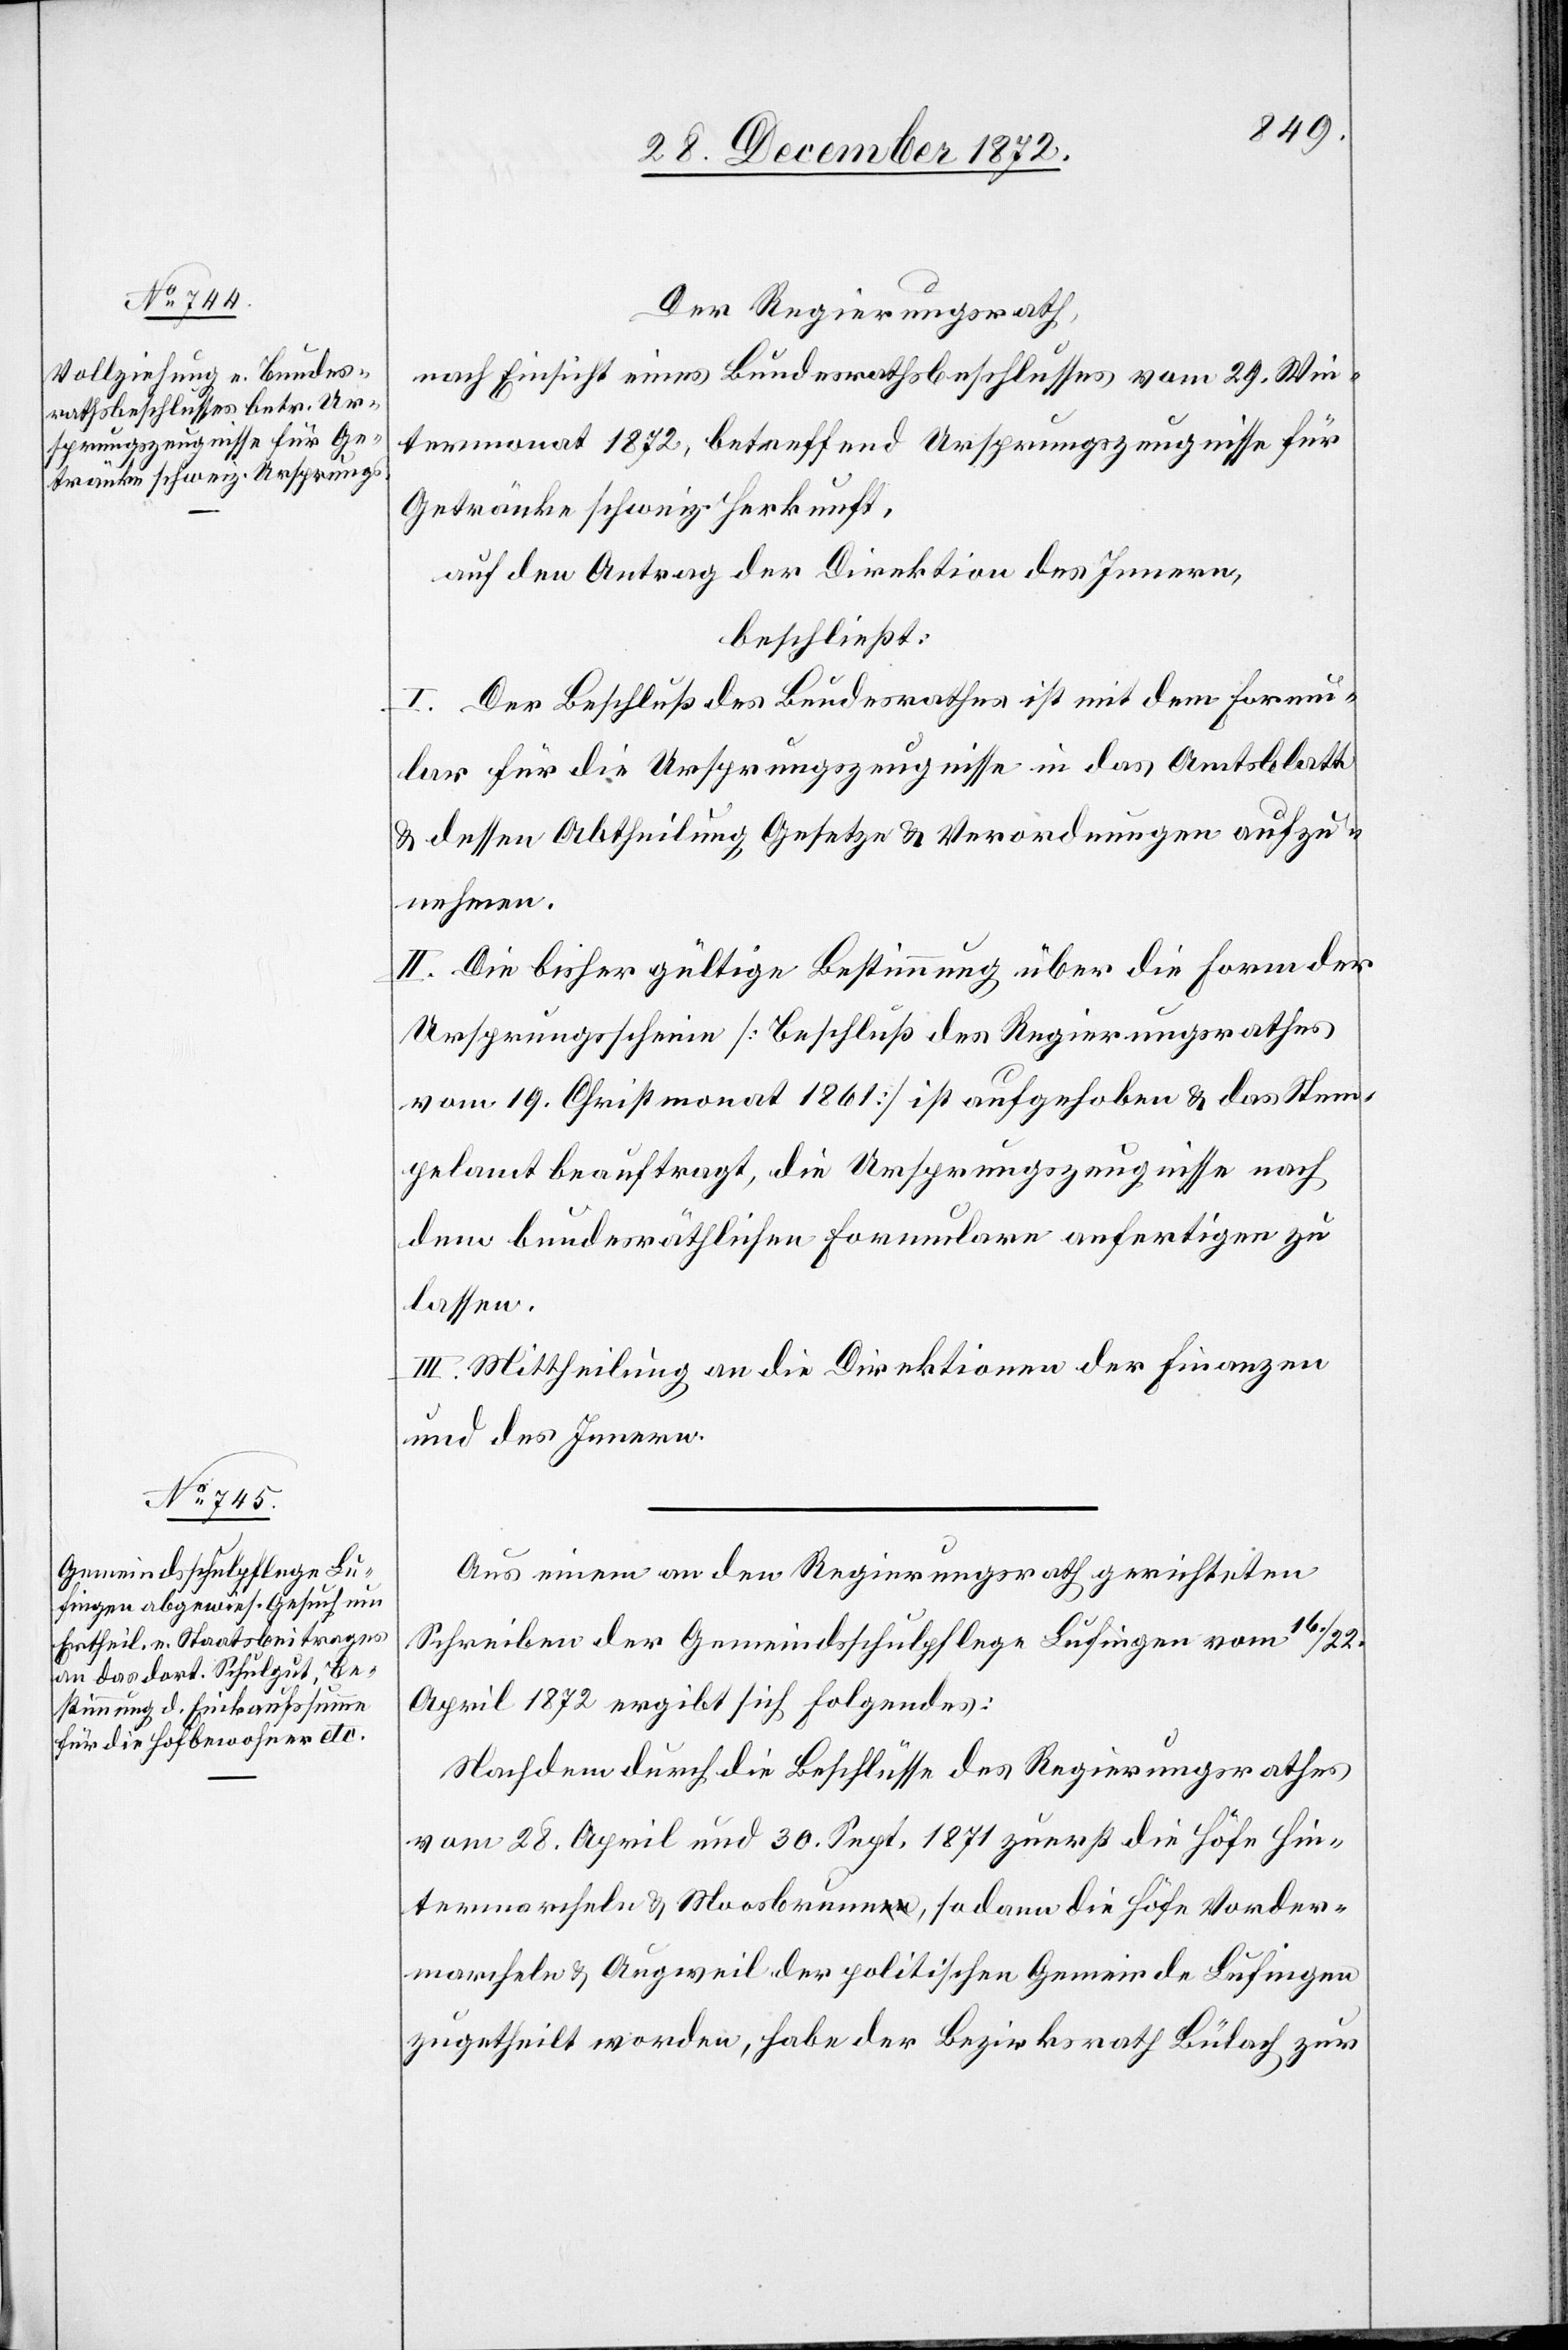
Der Regierungsrath,
nach Einsicht eines Bundesrathsbeschlusses vom 29. Win¬
termonat 1872, betreffend Ursprungszeugnisse für
Getränke schweiz. Herkunft,
auf den Antrag der Direktion des Innern,
beschließt:
I. Der Beschluß des Bundesrathes ist mit dem Formu¬
lar für die Ursprungszeugnisse in das Amtsblatt
u. dessen Abtheilung Gesetze u. Verordnungen aufzu¬
nehmen.
II. Die bisher gültige Bestimmung über die Form der
Ursprungsscheine [Beschluß des Regierungsrathes
vom 19. Christmonat 1861] ist aufgehoben u. das Stem¬
pelamt beauftragt, die Ursprungszeugnisse nach
dem bundesräthlichen Formulare anfertigen zu
lassen.
III. Mittheilung an die Direktionen der Finanzen
und des Innern.
Aus einem an den Regierungsrath gerichteten
Schreiben der Gemeindsschulpflege Lufingen vom 16./22.
April 1872 ergibt sich Folgendes:
Nachdem durch die Beschlüsse des Regierungsrathes
vom 28. April und 30. Sept. 1871 zuerst die Höfe Hin¬
termarcheln u. Moosbrunn, sodann die Höfe Vorder¬
marcheln u. Augweil der politischen Gemeinde Lufingen
zugetheilt worden, habe der Bezirksrath Bülach zur